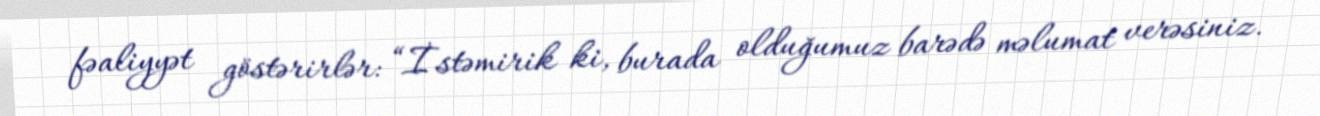
fəaliyyət göstərirlər: “İstəmirik ki, burada olduğumuz barədə məlumat verəsiniz.